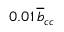
0 . 0 1 \, \overline { { b } } _ { c c }